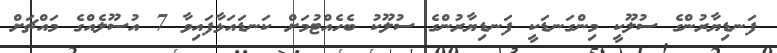
ފަނޑިޔާރުންގެ ސުލޫކީ މިންގަނޑަކީ ފަނޑިޔާރުންގެ ސުލޫކު ބެހެއްޓުމަށް ކަނޑައަޅާފައިވާ 7 އުސޫލެއްގެ މައްޗަށް